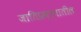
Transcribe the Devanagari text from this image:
जातिप्रवर्गातील